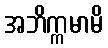
အဘိက္ကမာမိ